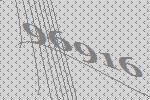
96916